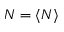
N = \langle N \rangle